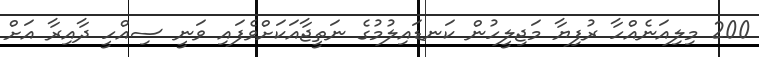
200 މިލިއަނެއްހާ ރުފިޔާ މަޖިލީހުން ކަނޑައިލުމުގެ ނަތީޖާއަކަށްވެފައި ވަނީ ސިއްހީ ދާއިރާ އަށް